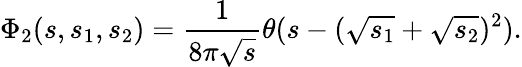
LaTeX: \Phi_{2}(s,s_{1},s_{2})=\frac 1{8\pi\sqrt s}\theta(s-(\sqrt{s_{1}}+\sqrt{s_{2}})^{2}).